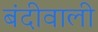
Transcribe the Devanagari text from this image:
बंदीवाली